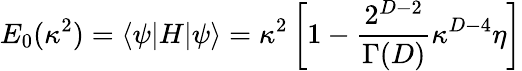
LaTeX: E_{0}(\kappa^{2})=\langle\psi|H|\psi\rangle=\kappa^{2}\left[1-{\frac{2^{D-2}}{\Gamma(D)}}\kappa^{D-4}\eta\right]